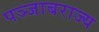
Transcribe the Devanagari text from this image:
पञ्जाबराज्य